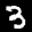
Label: 3